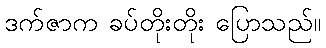
ဒက်ဇာက ခပ်တိုးတိုး ပြောသည်။